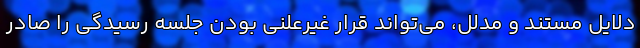
دلایل مستند و مدلل، می‌تواند قرار غیرعلنی بودن جلسه رسیدگی را صادر